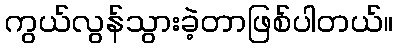
ကွယ်လွန်သွားခဲ့တာဖြစ်ပါတယ်။